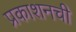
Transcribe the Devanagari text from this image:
प्रकाशनची